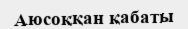
Аюсоққан қабаты